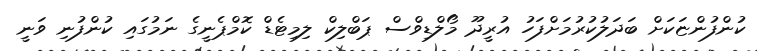
ކުންފުންޏަކަށް ބަދަލުކުރުމަށްފަހު އުރީދޫ މޯލްޑިވްސް ޕަބްލިކް ލިމިޓެޑް ކޮމްޕެނީގެ ނަމުގައި ކުންފުނި ވަނީ